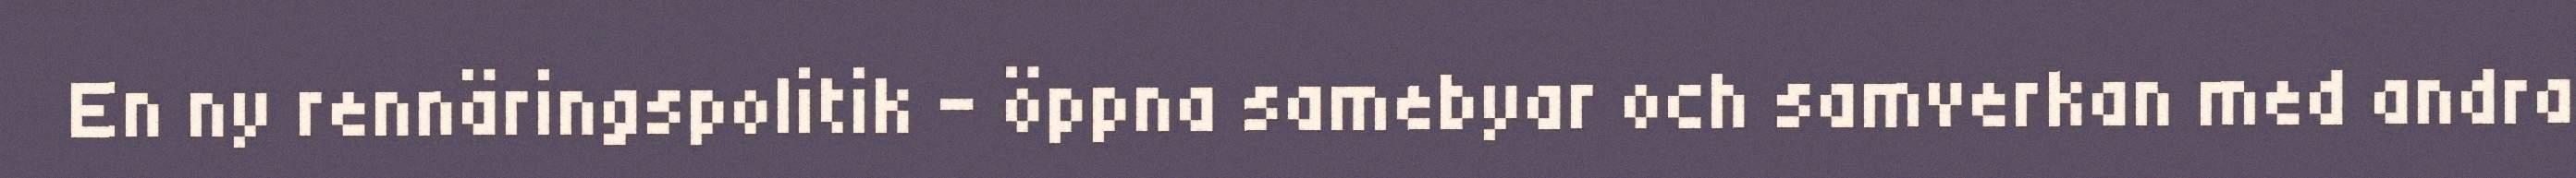
En ny rennäringspolitik – öppna samebyar och samverkan med andra